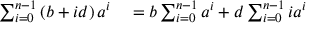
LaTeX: \begin{array} { r l } { \sum _ { i = 0 } ^ { n - 1 } \left( b + i d \right) a ^ { i } } & { { } = b \sum _ { i = 0 } ^ { n - 1 } a ^ { i } + d \sum _ { i = 0 } ^ { n - 1 } i a ^ { i } } \end{array}